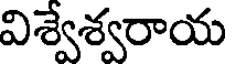
విశ్వేశ్వరాయ